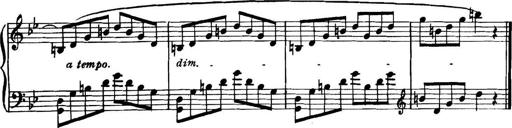
Title: Piano Sonatina in G minor
Composer: John Blackwood McEwen
Key: G minor